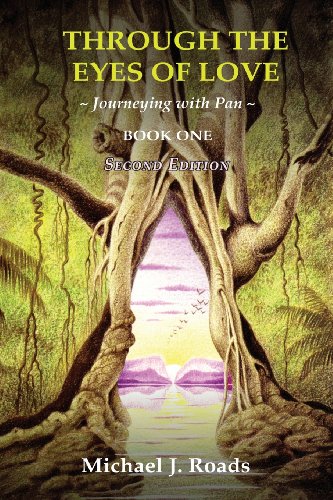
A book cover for Through the Eyes of Love: Journeying with Pan, Book One; Michael J. Roads; Religion & Spirituality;